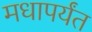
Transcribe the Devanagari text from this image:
मधापर्यंत